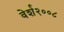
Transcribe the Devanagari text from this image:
वेर्श२००८